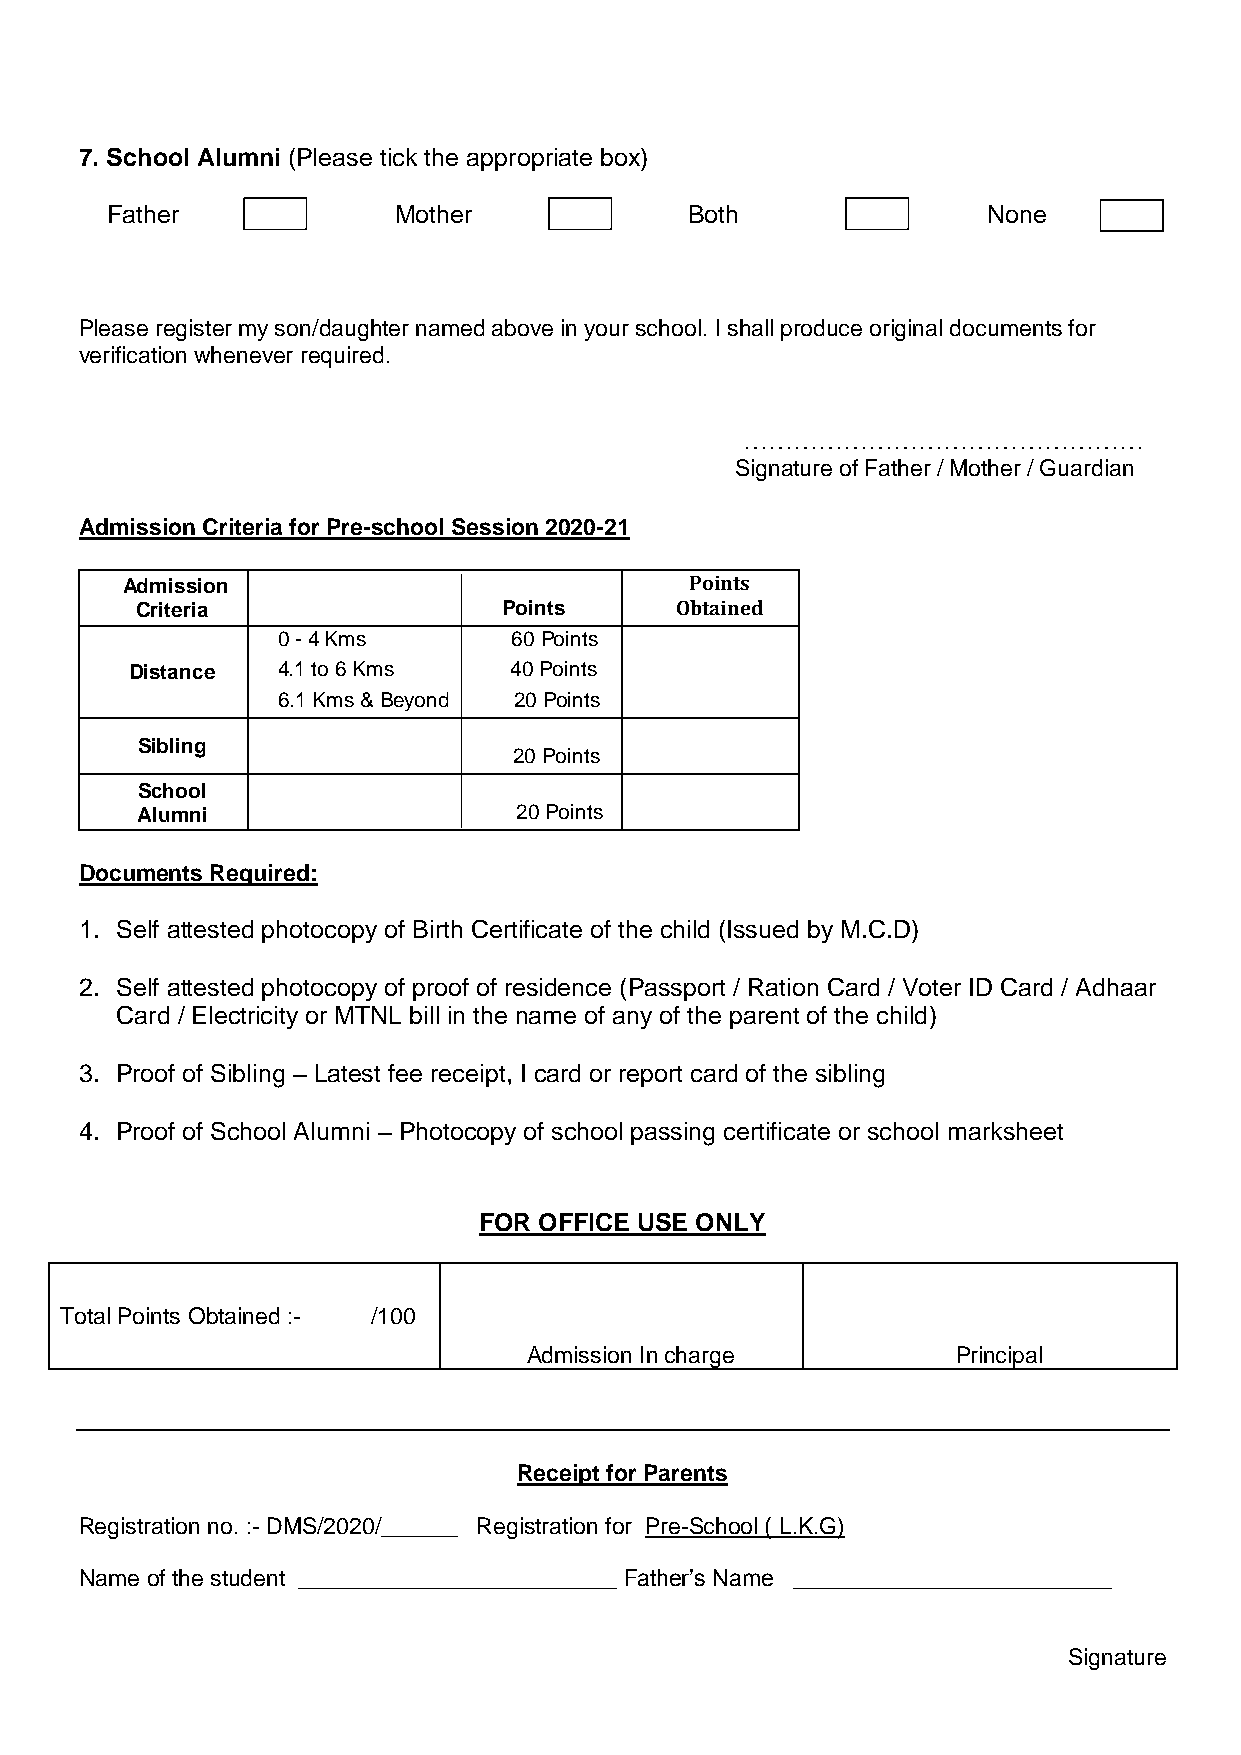
7. School Alumni (Please tick the appropriate box)
 Father             Mother              Both               None
 Please register my son/daughter named above in your school. I shall produce original documents for
 verification whenever required.
 …………………………………………
 Signature of Father / Mother / Guardian
 Admission Criteria for Pre-school Session 2020-21
 Admission                             Points
 Criteria                Points      Obtained
 0 - 4 Kms       60 Points
 Distance 4.1 to 6 Kms    40 Points
 6.1 Kms & Beyond 20 Points
 Sibling
 20 Points
 School
 Alumni                   20 Points
 Documents Required:
 1. Self attested photocopy of Birth Certificate of the child (Issued by M.C.D)
 2. Self attested photocopy of proof of residence (Passport / Ration Card / Voter ID Card / Adhaar
 Card / Electricity or MTNL bill in the name of any of the parent of the child)
 3. Proof of Sibling – Latest fee receipt, I card or report card of the sibling
 4. Proof of School Alumni – Photocopy of school passing certificate or school marksheet
 FOR OFFICE USE ONLY
 Total Points Obtained :- /100
 Admission In charge         Principal
 Receipt for Parents
 Registration no. :- DMS/2020/______ Registration for Pre-School ( L.K.G)
 Name of the student _________________________ Father’s Name _________________________
 Signature